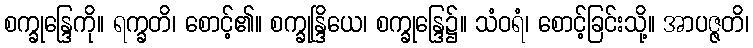
စက္ခုန္ဒြေကို။ ရက္ခတိ၊ စောင့်၏။ စက္ခုန္ဒြိယေ၊ စက္ခုန္ဒြေ၌။ သံဝရံ၊ စောင့်ခြင်းသို့။ အာပဇ္ဇတိ၊